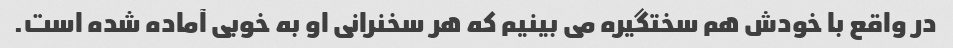
در واقع با خودش هم سختگیره می بینیم که هر سخنرانی او به خوبی آماده شده است.